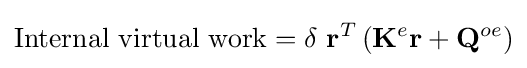
{\mbox{Internal virtual work}}=\delta \ \mathbf {r} ^{T}\left(\mathbf {K} ^{e}\mathbf {r} +\mathbf {Q} ^{oe}\right)